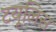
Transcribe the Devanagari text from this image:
टयूलिस